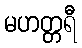
မဟတ္တရီ